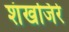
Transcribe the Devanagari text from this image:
शंखजिरे